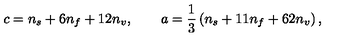
c = n _ { s } + 6 n _ { f } + 1 2 n _ { v } , \qquad a = \frac { 1 } { 3 } \left( n _ { s } + 1 1 n _ { f } + 6 2 n _ { v } \right) ,